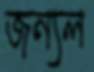
জন্যল